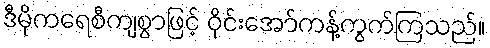
ဒီမိုကရေစီကျစွာဖြင့် ဝိုင်းအော်ကန့်ကွက်ကြသည်။